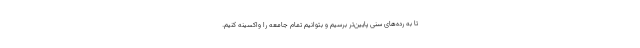
تا به رده‌های سنی پایین‌تر برسیم و بتوانیم تمام جامعه را واکسینه کنیم.